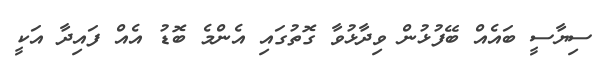
ސިޔާސީ ބައެއް ބޭފުޅުން ވިދާޅުވާ ގޮތުގައި އެންމެ ބޮޑު އެއް ފައިދާ އަކީ